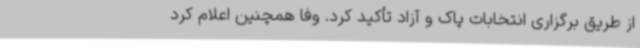
از طریق برگزاری انتخابات پاک و آزاد تأکید کرد. وفا همچنین اعلام کرد